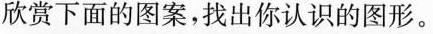
欣赏下面的图案，找出你认识的图形。